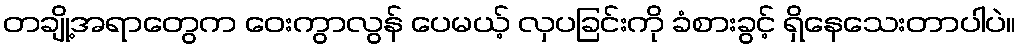
တချို့အရာတွေက ဝေးကွာလွန် ပေမယ့် လှပခြင်းကို ခံစားခွင့် ရှိနေသေးတာပါပဲ။